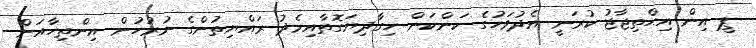
ޕީ އިން އިޙްތިޖާޖު ކުރަނީ އެދުވަހުގެ ކަންކަން ހިގާދިޔަގޮތާއިމެދު ރައްޔިތުންގެ ނުރުހުން އިންތިހާއަށް